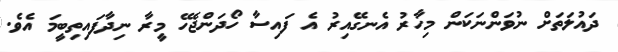
ދައުލަތަށް ނުވަންނަކަން މިހާރު އެނގޭއިރު އެ ފައިސާ ހޯދަންޖެހޭ މީރާ ނިދާފައިތިބީމަ އެވެ.